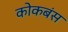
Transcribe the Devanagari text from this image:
कोकबंस